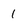
Character: 1